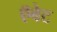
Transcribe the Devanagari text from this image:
ऍबेट